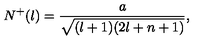
N ^ { + } ( l ) = \frac { a } { \sqrt { ( l + 1 ) ( 2 l + n + 1 ) } } ,